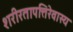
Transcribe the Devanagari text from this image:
शरीरतापत्तिरेवास्य